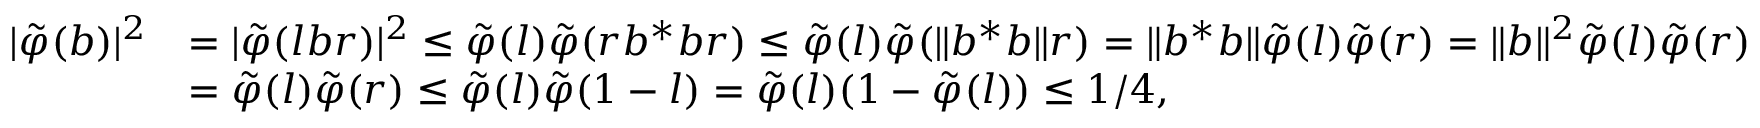
\begin{array} { r l } { | \tilde { \varphi } ( { b } ) | ^ { 2 } } & { = | \tilde { \varphi } ( l { b } r ) | ^ { 2 } \leq \tilde { \varphi } ( l ) \tilde { \varphi } ( r { b } ^ { * } { b } r ) \leq \tilde { \varphi } ( l ) \tilde { \varphi } ( \| { b } ^ { * } { b } \| r ) = \| { b } ^ { * } { b } \| \tilde { \varphi } ( l ) \tilde { \varphi } ( r ) = \| { b } \| ^ { 2 } \tilde { \varphi } ( l ) \tilde { \varphi } ( r ) } \\ & { = \tilde { \varphi } ( l ) \tilde { \varphi } ( r ) \leq \tilde { \varphi } ( l ) \tilde { \varphi } ( 1 - l ) = \tilde { \varphi } ( l ) ( 1 - \tilde { \varphi } ( l ) ) \leq 1 / 4 , } \end{array}